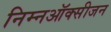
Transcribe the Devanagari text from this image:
निम्नऑक्सीजन